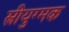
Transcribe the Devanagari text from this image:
स्त्रीयुग्मक